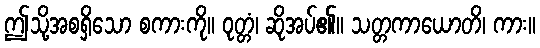
ဤသို့အစရှိသော စကားကို။ ဝုတ္တံ၊ ဆိုအပ်၏။ သတ္တကာယောတိ၊ ကား။